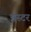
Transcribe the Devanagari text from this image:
अस्टर